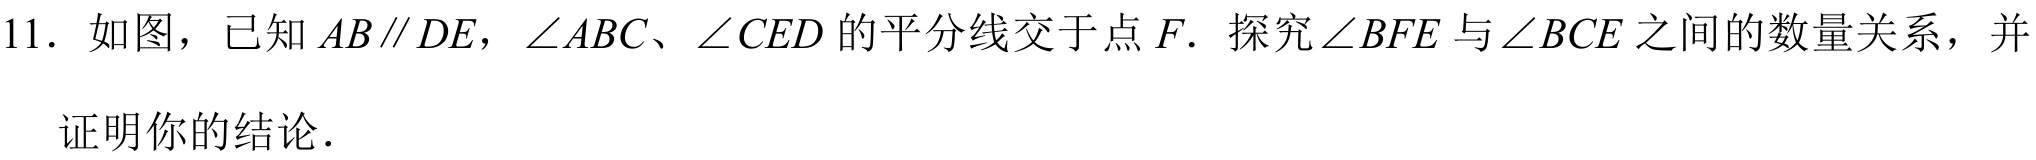
11. 如图，已知\(AB\parallel DE\)，\(\angle ABC\)、\(\angle CED\)的平分线交于点\(F\). 探究\(\angle BFE\)与\(\angle BCE\)之间的数量关系，并

证明你的结论.